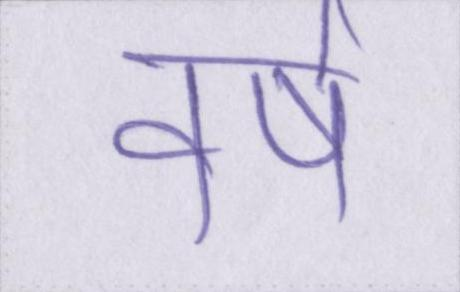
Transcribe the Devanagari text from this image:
वर्ष